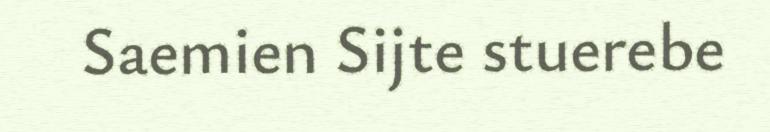
Saemien Sijte stuerebe